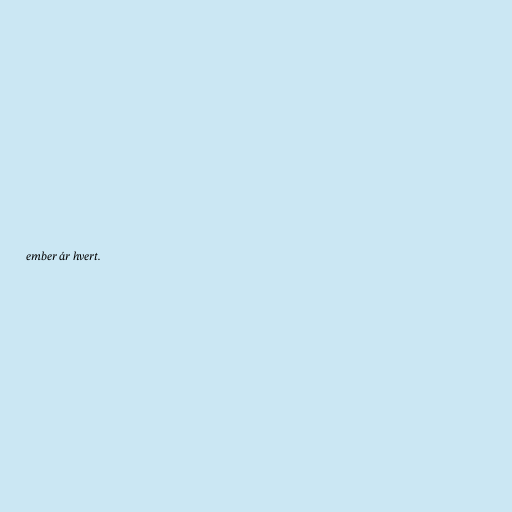
ember ár hvert.